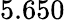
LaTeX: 5.650